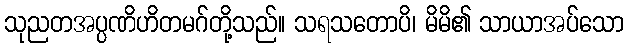
သုညတအပ္ပဏိဟိတမဂ်တို့သည်။ သရသတောပိ၊ မိမိ၏ သာယာအပ်သော